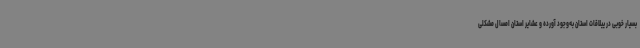
بسیار خوبی در ییلاقات استان به‌وجود آورده و عشایر استان امسال مشکلی